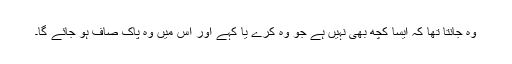
وہ جانتا تھا کہ اِیسا کچھ بھی نہیں ہے جو وہ کرے یا کہے اور اُس میں وہ پاک صاف ہو جائے گا۔